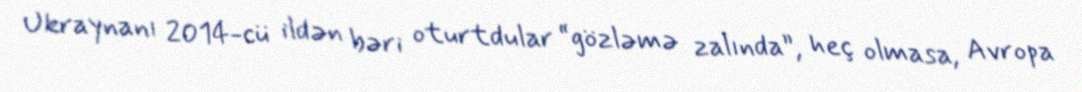
Ukraynanı 2014-cü ildən bəri oturtdular “gözləmə zalında”, heç olmasa, Avropa